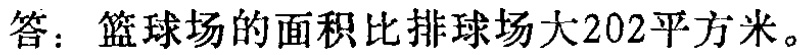
答：篮球场的面积比排球场大202平方米。